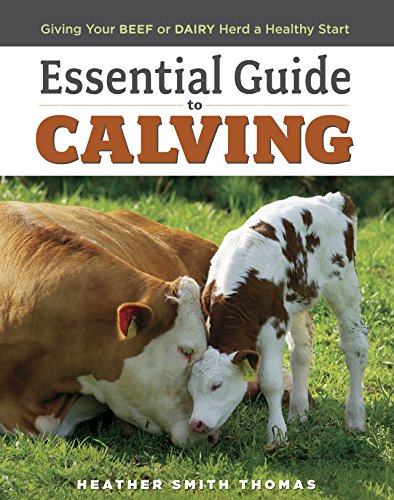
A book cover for Essential Guide to Calving: Giving Your Beef or Dairy Herd a Healthy Start; Heather Smith Thomas; Medical Books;